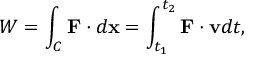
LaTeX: W = \int _ { C } \mathbf { F } \cdot d \mathbf { x } = \int _ { t _ { 1 } } ^ { t _ { 2 } } \mathbf { F } \cdot \mathbf { v } d t ,